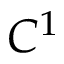
C ^ { 1 }